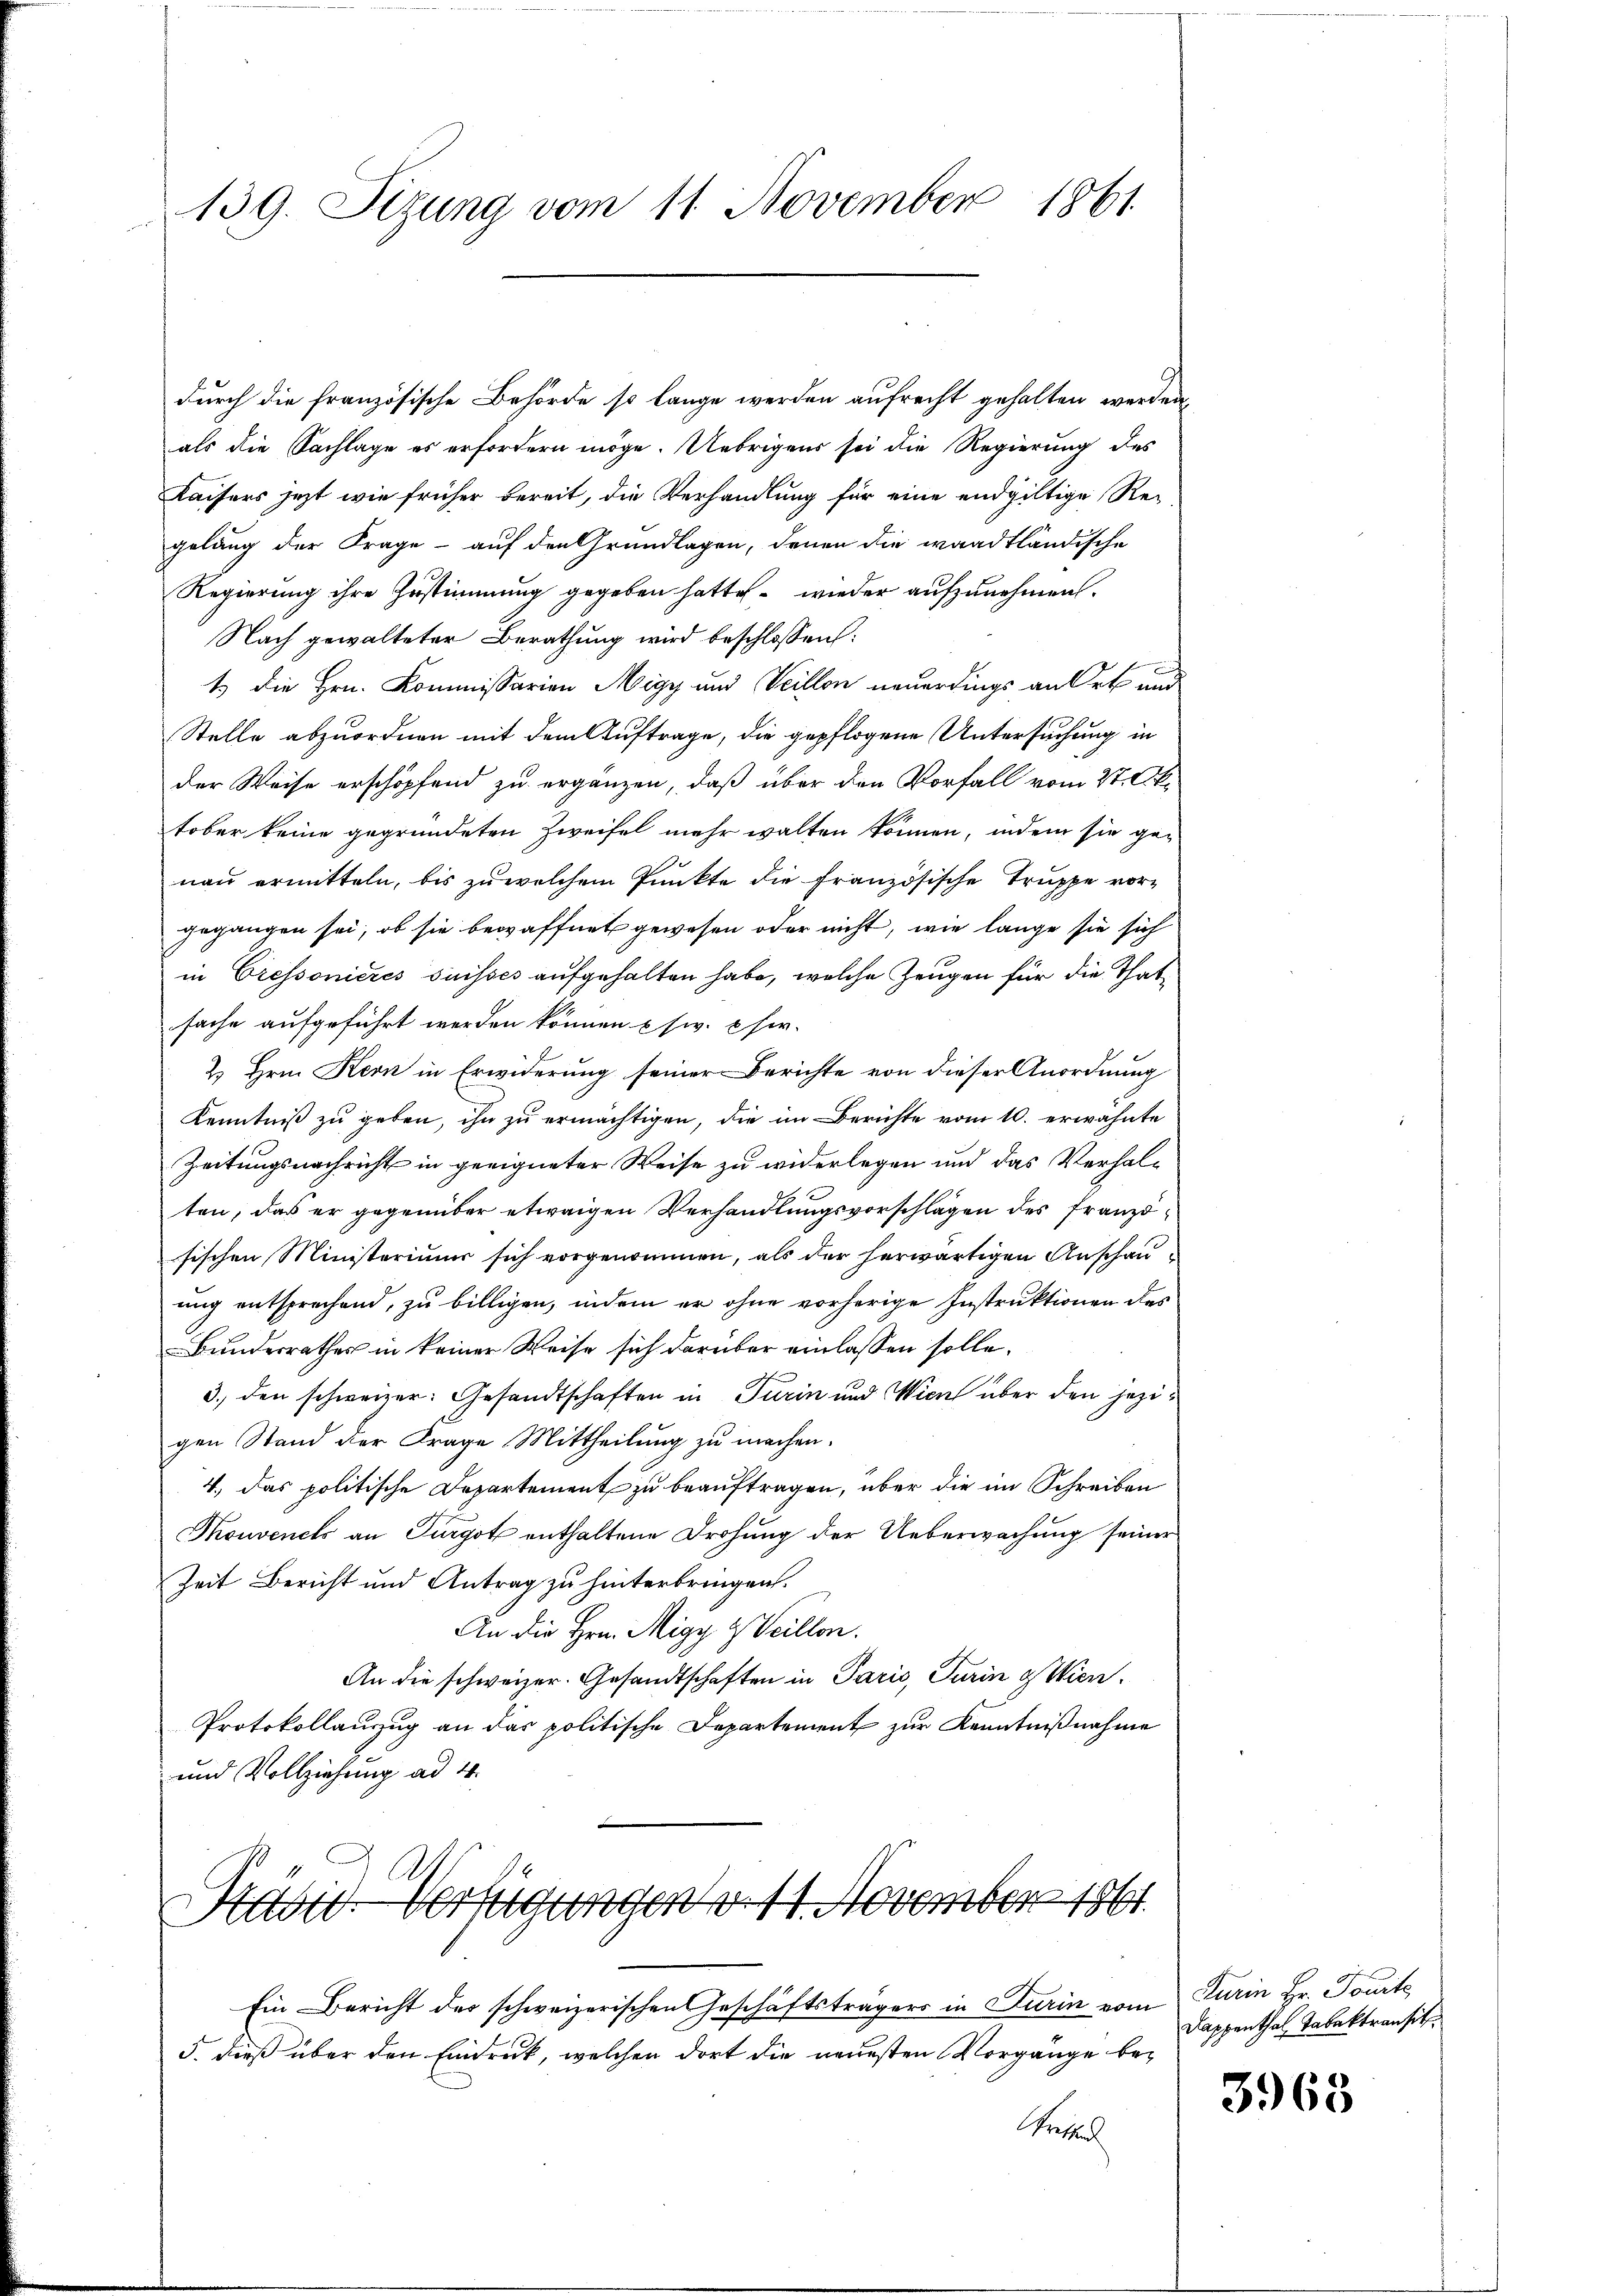
139. Sizung vom 11. November 1861

Häd-Verfügungen v. 14. November 1861.

durch die französische Behörde so lange werden aufrecht gehalten werden,
als die Sachlage es erfordern möge. Uebrigens sei die Regierung des
Kaisers jezt wie früher bereit, die Verhandlung für eine endgültige Re-
gelang der Frage - auf den Grundlagen, denen die waadtländische
Regierung ihre Zustimmung gegeben hatte, – wieder aufzunehmen.
Nach gewalteter Berathung wird beschlossen:
1 die Hrn. Kommissarien Migy und Veillon neuerdings an Ort und
Stelle abzuordnen mit dem Auftrage, die gepflogene Untersuchung in
der Weise erschöpfend zu ergänzen, daß über den Vorfall vom 27. Oktober keine gegründeten Zweifel mehr walten können, indem sie genau ermitteln, bis zu welchem Punkte die Französische Truppe vor-
gegangen sei, ob sie bewaffnet gewesen oder nicht, wie lange sie sich
in Cressonieres suisses aufgehalten habe, welche Zeugen für die Thatsache aufgeführt werden können usw. her-
2. Hrn. Kern in Erwiderung seiner Berichte von dieser Anordnung
Kenntniß zu geben, ihn zu ermächtigen, die im Berichte vom 10. erwähnte
Zeitungsnachricht in geeigneter Weise zu widerlegen und das Verhalten, daß er gegenüber etwaigen Verhandlungsvorschlägen des Franzsischen Ministeriums sich vorgenommen, als der herwärtigen Anschauung entsprechend, zu billigen, indem er ohne vorherige Instruktionen des
Bunderrathes in keiner Weise sich darüber einlassen solle.
3. den schweizer: Gesandtschaften in Turin und Wien über den jezigen Stand der Frage Mittheilung zu machen.
4. Das politische Departement zu beauftragen, über die im Schreiben
Thouvenets an Furgot enthaltene Drohung der Ueberwachung seiner
Zeit Bericht und Antrag zu hinterbringen.
An die Hrn. Migy & Veillon.
An die schweizer. Gesandtschaften in Paris, Turin & Wien.
Protokollanzug an das politische Departement zur Kenntnißnahme
und Vollziehung ad 4.

Ein Bericht des schweizerischen Geschäftsträgers in Turin vom
5. dieß über den Eindruck, welchen dort die neuesten Vorgänge beetel

Turin Hr. Tourte
Kappenthal Tabaktransit

3963